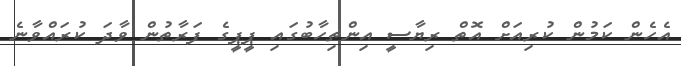
އެހެން ކަމުން ކުރިއަށް އޮތް ރިޔާސީ އިންތިހާބުގައި ޕީޕީގެ ފަރާތުން ވާދަ ކުރައްވާނެ